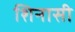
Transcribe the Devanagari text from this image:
शिनासी